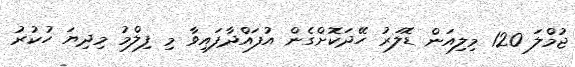
ޖުމްލަ 120 މިލިއަން ޑޮލަރު ހޭދަކޮށްގެން އުފައްދާފައިވާ މި ފިލްމު މިދިޔަ ހުކުރު